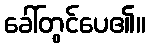
ခေါ်တွင်ပေ၏။